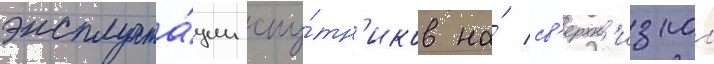
эксплуата́ции спу́тн'иков на́ св'ерхн'изкои